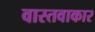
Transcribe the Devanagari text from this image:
वास्तवाकार